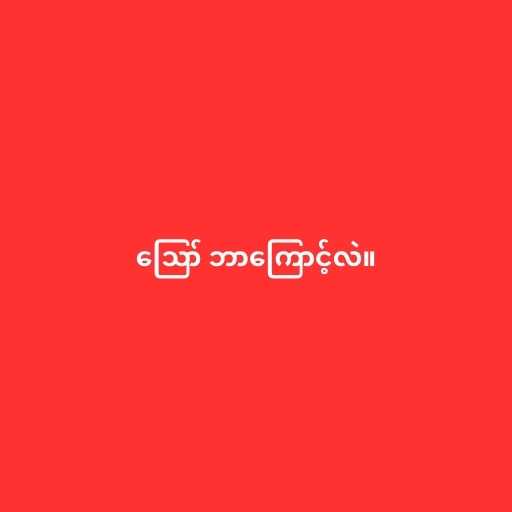
ဪ ဘာကြောင့်လဲ။